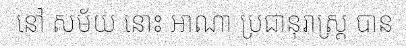
នៅ សម័យ នោះ អាណា ប្រជានុរាស្ត្រ បាន